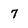
Character: 7